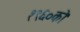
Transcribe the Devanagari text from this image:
१९६०को